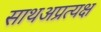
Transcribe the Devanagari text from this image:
साथअप्रत्यक्ष